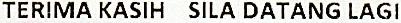
TERIMA KASIH SILA DATANG LAGI